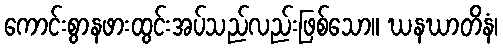
ကောင်းစွာနဖားထွင်းအပ်သည်လည်းဖြစ်သော။ ဃနဃာတိနံ၊